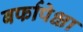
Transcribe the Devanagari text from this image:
बर्फापेक्षा